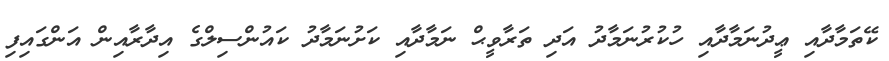
ކޭތަމާދާއި ޢީދުނަމާދާއި ހުކުރުނަމާދު އަދި ތަރާވީޙް ނަމާދާއި ކަށުނަމާދު ކައުންސިލްގެ އިދާރާއިން އަންގައިފި